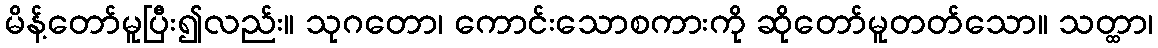
မိန့်တော်မူပြီး၍လည်း။ သုဂတော၊ ကောင်းသောစကားကို ဆိုတော်မူတတ်သော။ သတ္ထာ၊